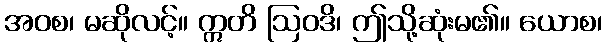
အဝစ၊ မဆိုလင့်။ ဣတိ ဩဝဒိ၊ ဤသို့ဆုံးမ၏။ ယောစ၊